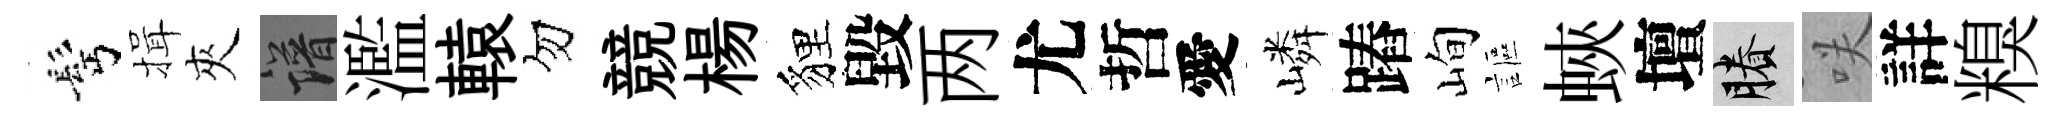
髩揖夾譜濫轅勿競楊貍毀两尤哲愛嶙蹖峋謳蛺壇賸咲詳糗